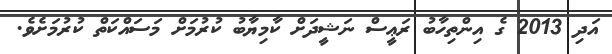
އަދި 2013 ގެ އިންތިހާބު ރަޢީސް ނަޝީދަށް ކާމިޔާބު ކުރުމަށް މަސައްކަތް ކުރުމަށެވެ.